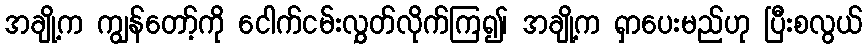
အချို့က ကျွန်တော့်ကို ငေါက်ငမ်းလွှတ်လိုက်ကြ၍၊ အချို့က ရှာပေးမည်ဟု ပြီးစလွယ်